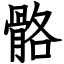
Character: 骼